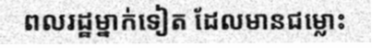
ពលរដ្ឋម្នាក់ទៀត ដែលមានជម្លោះ